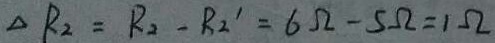
\Delta R _ { 2 } = R _ { 2 } - R _ { 2 } ^ { \prime } = 6 \Omega - 5 \Omega = 1 \Omega